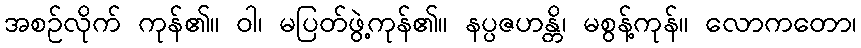
အစဉ်လိုက် ကုန်၏။ ဝါ၊ မပြတ်ဖွဲ့ကုန်၏။ နပ္ပဇဟန္တိ၊ မစွန့်ကုန်။ လောကတော၊